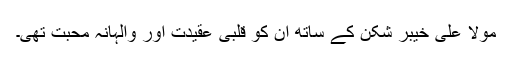
مولا علی خیبر شکن کے ساتھ ان کو قلبی عقیدت اور والہانہ محبت تھی۔